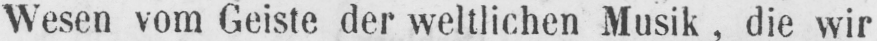
Wesen vom Geiste der weltlichen Musik, die wir